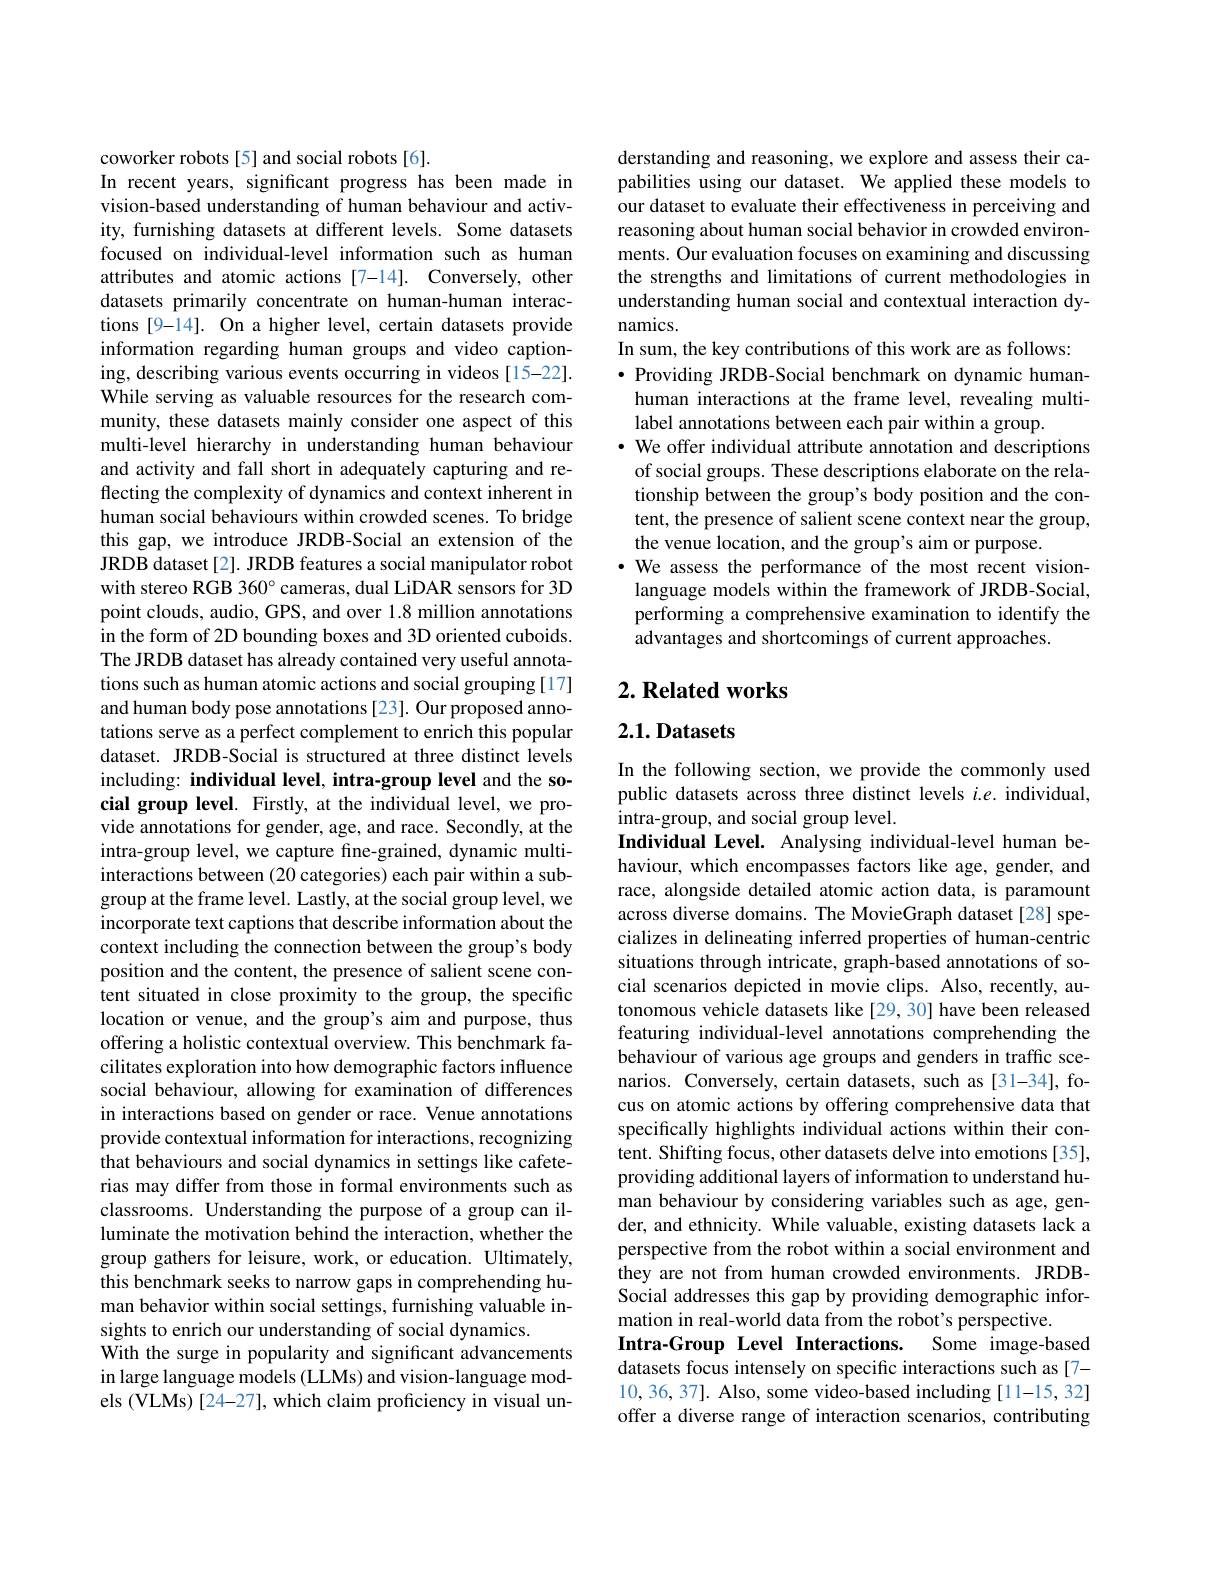
coworker robots [5] and social robots [6].
In recent years, significant progress has been made in vision-based understanding of human behaviour and activity, furnishing datasets at different levels. Some datasets focused on individual-level information such as human attributes and atomic actions [7-14]. Conversely, other datasets primarily concentrate on human-human interactions [9-14]. On a higher level, certain datasets provide information regarding human groups and video captioning, describing various events occurring in videos [15-22]. While serving as valuable resources for the research community, these datasets mainly consider one aspect of this multi-level hierarchy in understanding human behaviour and activity and fall short in adequately capturing and reflecting the complexity of dynamics and context inherent in human social behaviours within crowded scenes. To bridge this gap, we introduce JRDB-Social an extension of the JRDB dataset [2]. JRDB features a social manipulator robot with stereo RGB 360° cameras, dual LiDAR sensors for 3D point clouds, audio, GPS, and over 1.8 million annotations in the form of 2D bounding boxes and 3D oriented cuboids. The JRDB dataset has already contained very useful annotations such as human atomic actions and social grouping [17] and human body pose annotations [23]. Our proposed annotations serve as a perfect complement to enrich this popular dataset. JRDB-Social is structured at three distinct levels including: individual level, intra-group level and the social group level. Firstly, at the individual level, we provide annotations for gender, age, and race. Secondly, at the intra-group level, we capture fine-grained, dynamic multiinteractions between (20 categories) each pair within a subgroup at the frame level. Lastly, at the social group level, we incorporate text captions that describe information about the context including the connection between the group's body position and the content, the presence of salient scene content situated in close proximity to the group, the specific location or venue, and the group's aim and purpose, thus offering a holistic contextual overview. This benchmark facilitates exploration into how demographic factors influence social behaviour, allowing for examination of differences in interactions based on gender or race. Venue annotations provide contextual information for interactions, recognizing that behaviours and social dynamics in settings like cafeterias may differ from those in formal environments such as classrooms. Understanding the purpose of a group can illuminate the motivation behind the interaction, whether the group gathers for leisure, work, or education. Ultimately, this benchmark seeks to narrow gaps in comprehending human behavior within social settings, furnishing valuable insights to enrich our understanding of social dynamics.
With the surge in popularity and significant advancements in large language models (LLMs) and vision-language models (VLMs) [24-27], which claim proficiency in visual un-

derstanding and reasoning, we explore and assess their capabilities using our dataset. We applied these models to our dataset to evaluate their effectiveness in perceiving and reasoning about human social behavior in crowded environments. Our evaluation focuses on examining and discussing the strengths and limitations of current methodologies in understanding human social and contextual interaction dynamics.
In sum, the key contributions of this work are as follows:
$\bullet$ Providing JRDB-Social benchmark on dynamic humanhuman interactions at the frame level, revealing multilabel annotations between each pair within a group.
· We offer individual attribute annotation and descriptions
of social groups. These descriptions elaborate on the relationship between the group's body position and the content, the presence of salient scene context near the group, the venue location, and the group's aim or purpose.
·We assess the performance of the most recent vision-
language models within the framework of JRDB-Social, performing a comprehensive examination to identify the advantages and shortcomings of current approaches.

## $2. \textbf{ Related works}$

# 2.1. Datasets

In the following section, we provide the commonly used public datasets across three distinct levels $i.e.$ individual, intra-group, and social group level.
Individual Level. Analysing individual-level human behaviour, which encompasses factors like age, gender, and race, alongside detailed atomic action data, is paramount across diverse domains. The MovieGraph dataset [28] specializes in delineating inferred properties of human-centric situations through intricate, graph-based annotations of social scenarios depicted in movie clips. Also, recently, autonomous vehicle datasets like [29,30] have been released featuring individual-level annotations comprehending the behaviour of various age groups and genders in traffic scenarios. Conversely, certain datasets, such as [31-34], focus on atomic actions by offering comprehensive data that specifically highlights individual actions within their content. Shifting focus, other datasets delve into emotions [35], providing additional layers of information to understand human behaviour by considering variables such as age, gender, and ethnicity. While valuable, existing datasets lack a perspective from the robot within a social environment and they are not from human crowded environments. JRDBSocial addresses this gap by providing demographic information in real-world data from the robot's perspective.
Intra-Group Level Interactions. Some image-based datasets focus intensely on specific interactions such as[7- 10,36,37]. Also, some video-based including [11-15,32] offer a diverse range of interaction scenarios, contributing